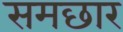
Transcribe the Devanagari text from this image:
समछार